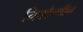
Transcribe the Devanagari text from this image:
निक्टैन्थीन